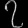
Digit: ၇